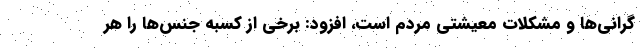
گرانی‌ها و مشکلات معیشتی مردم است، افزود: برخی از کسبه جنس‌ها را هر